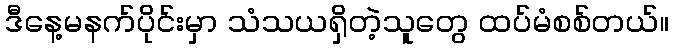
ဒီနေ့မနက်ပိုင်းမှာ သံသယရှိတဲ့သူတွေ ထပ်မံစစ်တယ်။